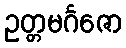
ဥတ္တမင်္ဂဇော